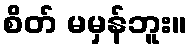
စိတ် မမှန်ဘူး။